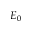
E _ { 0 }